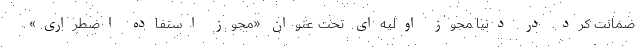
ضمانت کرد. در دنیا مجوز اولیه‌ای تحت عنوان «مجوز استفاده اضطراری»